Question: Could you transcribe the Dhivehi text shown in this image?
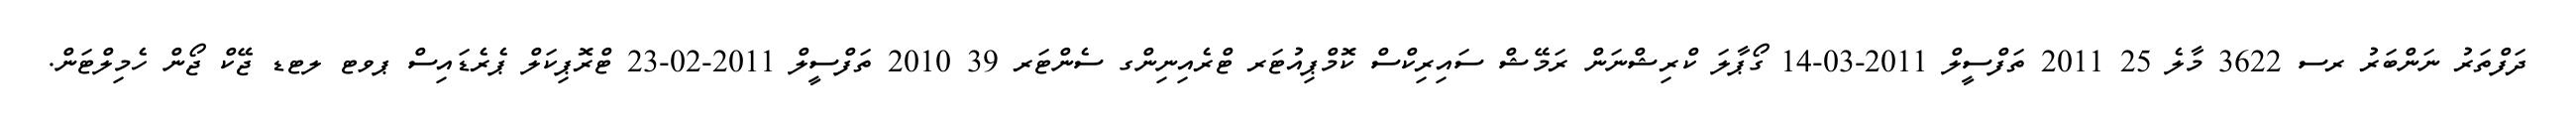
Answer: ދަފްތަރު ނަންބަރު ރސ 3622 މާލެ 25 2011 ތަފްސީލް 2011-03-14 ގޯޕާލަ ކްރިޝްނަން ރަމޭޝް ސައިރިކްސް ކޮމްޕިއުޓަރ ޓްރެއިނިންގ ސެންޓަރ 39 2010 ތަފްސީލް 2011-02-23 ޓްރޮޕިކަލް ޕެރެޑައިސް ޕވޓ ލޓޑ ޖޭކް ޖޯން ހެމިލްޓަން.